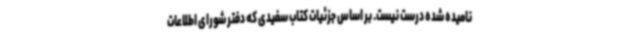
نامیده شده درست نیست. بر اساس جزئیات کتاب سفیدی که دفتر شورای اطلاعات